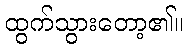
ထွက်သွားတော့၏။